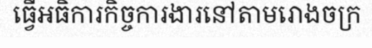
ធ្វើអធិការកិច្ចការងារនៅតាមរោងចក្រ